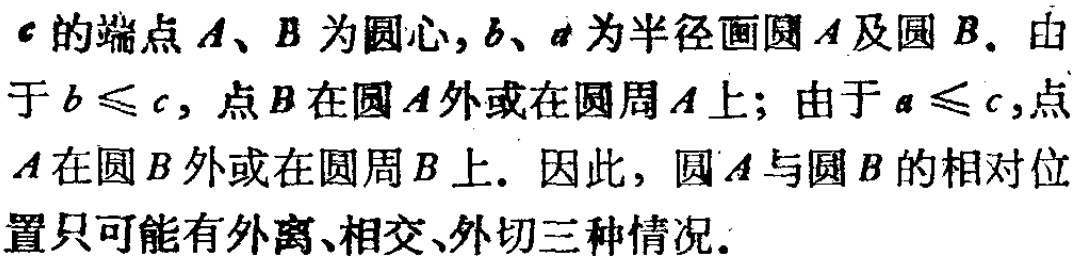
$c$的端点$A$、$B$为圆心,$b$、$a$为半径画圆$A$及圆$B$. 由于$b\leqslant c$, 点$B$在圆$A$外或在圆周$A$上; 由于$a\leqslant c$,点$A$在圆$B$外或在圆周$B$上. 因此, 圆$A$与圆$B$的相对位置只可能有外离、相交、外切三种情况.